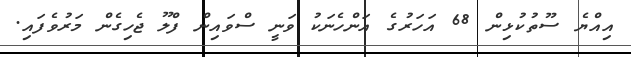
އިއްޔެ ސޫތުކުޅިން 68 އަހަރުގެ އަންހެނަކު ވަނީ ސްވައިން ފްލޫ ޖެހިގެން މަރުވެފައި.